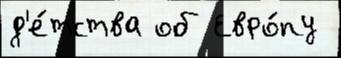
д'е́тства об Евро́пу